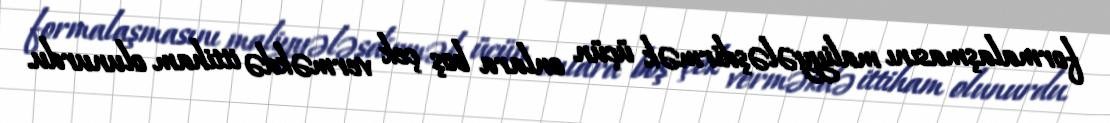
formalaşmasını maliyyələşdirmək üçün onlara boş çek verməkdə ittiham olunurdu.